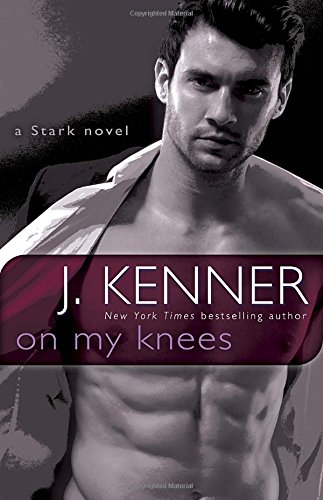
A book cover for On My Knees: A Stark Novel; J. Kenner; Romance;